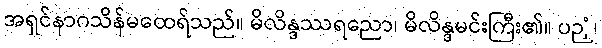
အရှင်နာဂသိန်မထေရ်သည်။ မိလိန္ဒဿရညော၊ မိလိန္ဒမင်းကြီး၏။ ပဉှံ၊